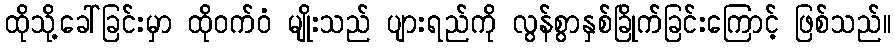
ထိုသို့ခေါ်ခြင်းမှာ ထိုဝက်ဝံ မျိုးသည် ပျားရည်ကို လွန်စွာနှစ်ခြိုက်ခြင်းကြောင့် ဖြစ်သည်။